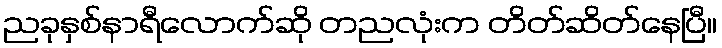
ညခုနှစ်နာရီလောက်ဆို တညလုံးက တိတ်ဆိတ်နေပြီ။